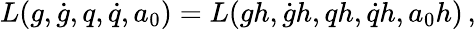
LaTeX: \begin{array}{r}{L(g,\dot{g},q,\dot{q},a_{0})=L(gh,\dot{g}h,qh,\dot{q}h,a_{0}h)\, ,}\end{array}